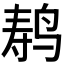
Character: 𬸍